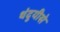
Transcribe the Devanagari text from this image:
थंदुयीसे